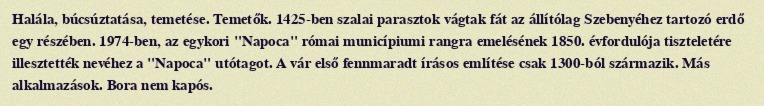
Halála, búcsúztatása, temetése. Temetők. 1425-ben szalai parasztok vágtak fát az állítólag Szebenyéhez tartozó erdő egy részében. 1974-ben, az egykori "Napoca" római municípiumi rangra emelésének 1850. évfordulója tiszteletére illesztették nevéhez a "Napoca" utótagot. A vár első fennmaradt írásos említése csak 1300-ból származik. Más alkalmazások. Bora nem kapós.